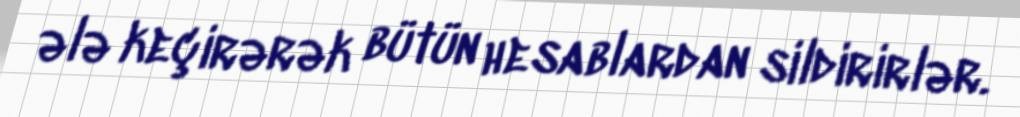
ələ keçirərək bütün hesablardan sildirirlər.